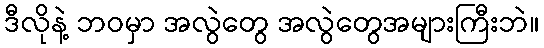
ဒီလိုနဲ့ ဘဝမှာ အလွဲတွေ အလွဲတွေအများကြီးဘဲ။